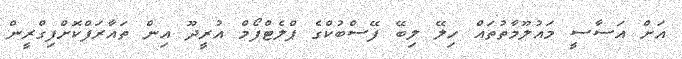
އަށް އަސާސީ މައުލޫމާތުތައް ހިލޭ ލިބޭ ފޭސްބުކްގެ ޕްލެޓްފޯމް އުރީދޫ އިން ތައާރަފްކޮށްފިގްރީން